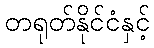
တရုတ်နိုင်ငံနှင့်